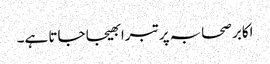
اکابر صحابہ پر تبرا بھیجا جاتا ہے۔